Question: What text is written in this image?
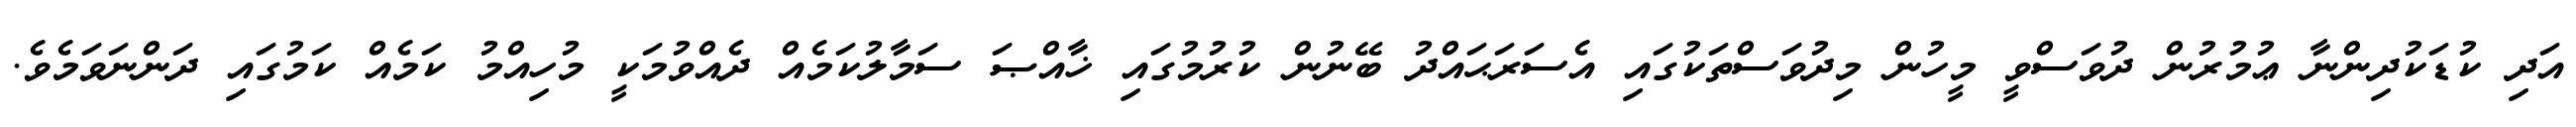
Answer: އަދި ކުޑަކުދިންނާ ޢުމުރުން ދުވަސްވީ މީހުން މިދުވަސްތަކުގައި އެސަރަޙައްދު ބޭނުން ކުރުމުގައި ޚާއްޞަ ސަމާލުކަމެއް ދެއްވުމަކީ މުހިއްމު ކަމެއް ކަމުގައި ދަންނަވަމެވެ.